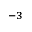
^ { - 3 }